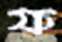
ফ